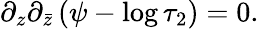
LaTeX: \partial_{z}\partial_{\bar{z}}\left(\psi-\log\tau_{2}\right)=0.